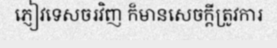
ភ្ញៀវទេសចរវិញ ក៏មានសេចក្តីត្រូវការ